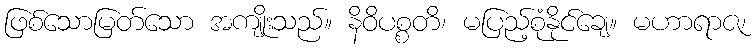
ဖြစ်သောမြတ်သော အကျိုးသည်။ နိဝိပစ္စတိ၊ မပြည့်စုံနိုင်ချေ။ မဟာရာဇ၊